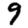
Digit: 9